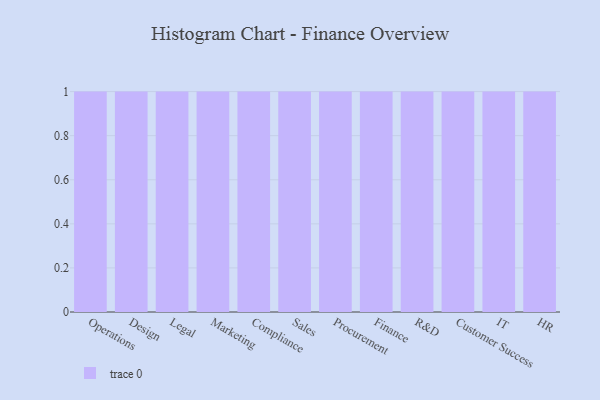
{"axis": {"x": "Department", "y": "Inventory Turnover"}, "legend": [""], "data": [{"x": "Operations", "y": 64, "type": ""}, {"x": "Design", "y": 55, "type": ""}, {"x": "Legal", "y": 12, "type": ""}, {"x": "Marketing", "y": 96, "type": ""}, {"x": "Compliance", "y": 85, "type": ""}, {"x": "Sales", "y": 65, "type": ""}, {"x": "Procurement", "y": 17, "type": ""}, {"x": "Finance", "y": 69, "type": ""}, {"x": "R&D", "y": 34, "type": ""}, {"x": "Customer Success", "y": 14, "type": ""}, {"x": "IT", "y": 69, "type": ""}, {"x": "HR", "y": 52, "type": ""}]}